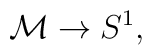
{\cal{M}}\rightarrow S^{1},